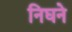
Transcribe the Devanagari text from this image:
निघने